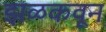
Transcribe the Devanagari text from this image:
झळकवून